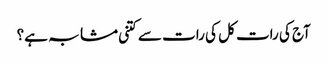
آج کی رات کل کی رات سے کتنی مشابہ ہے؟